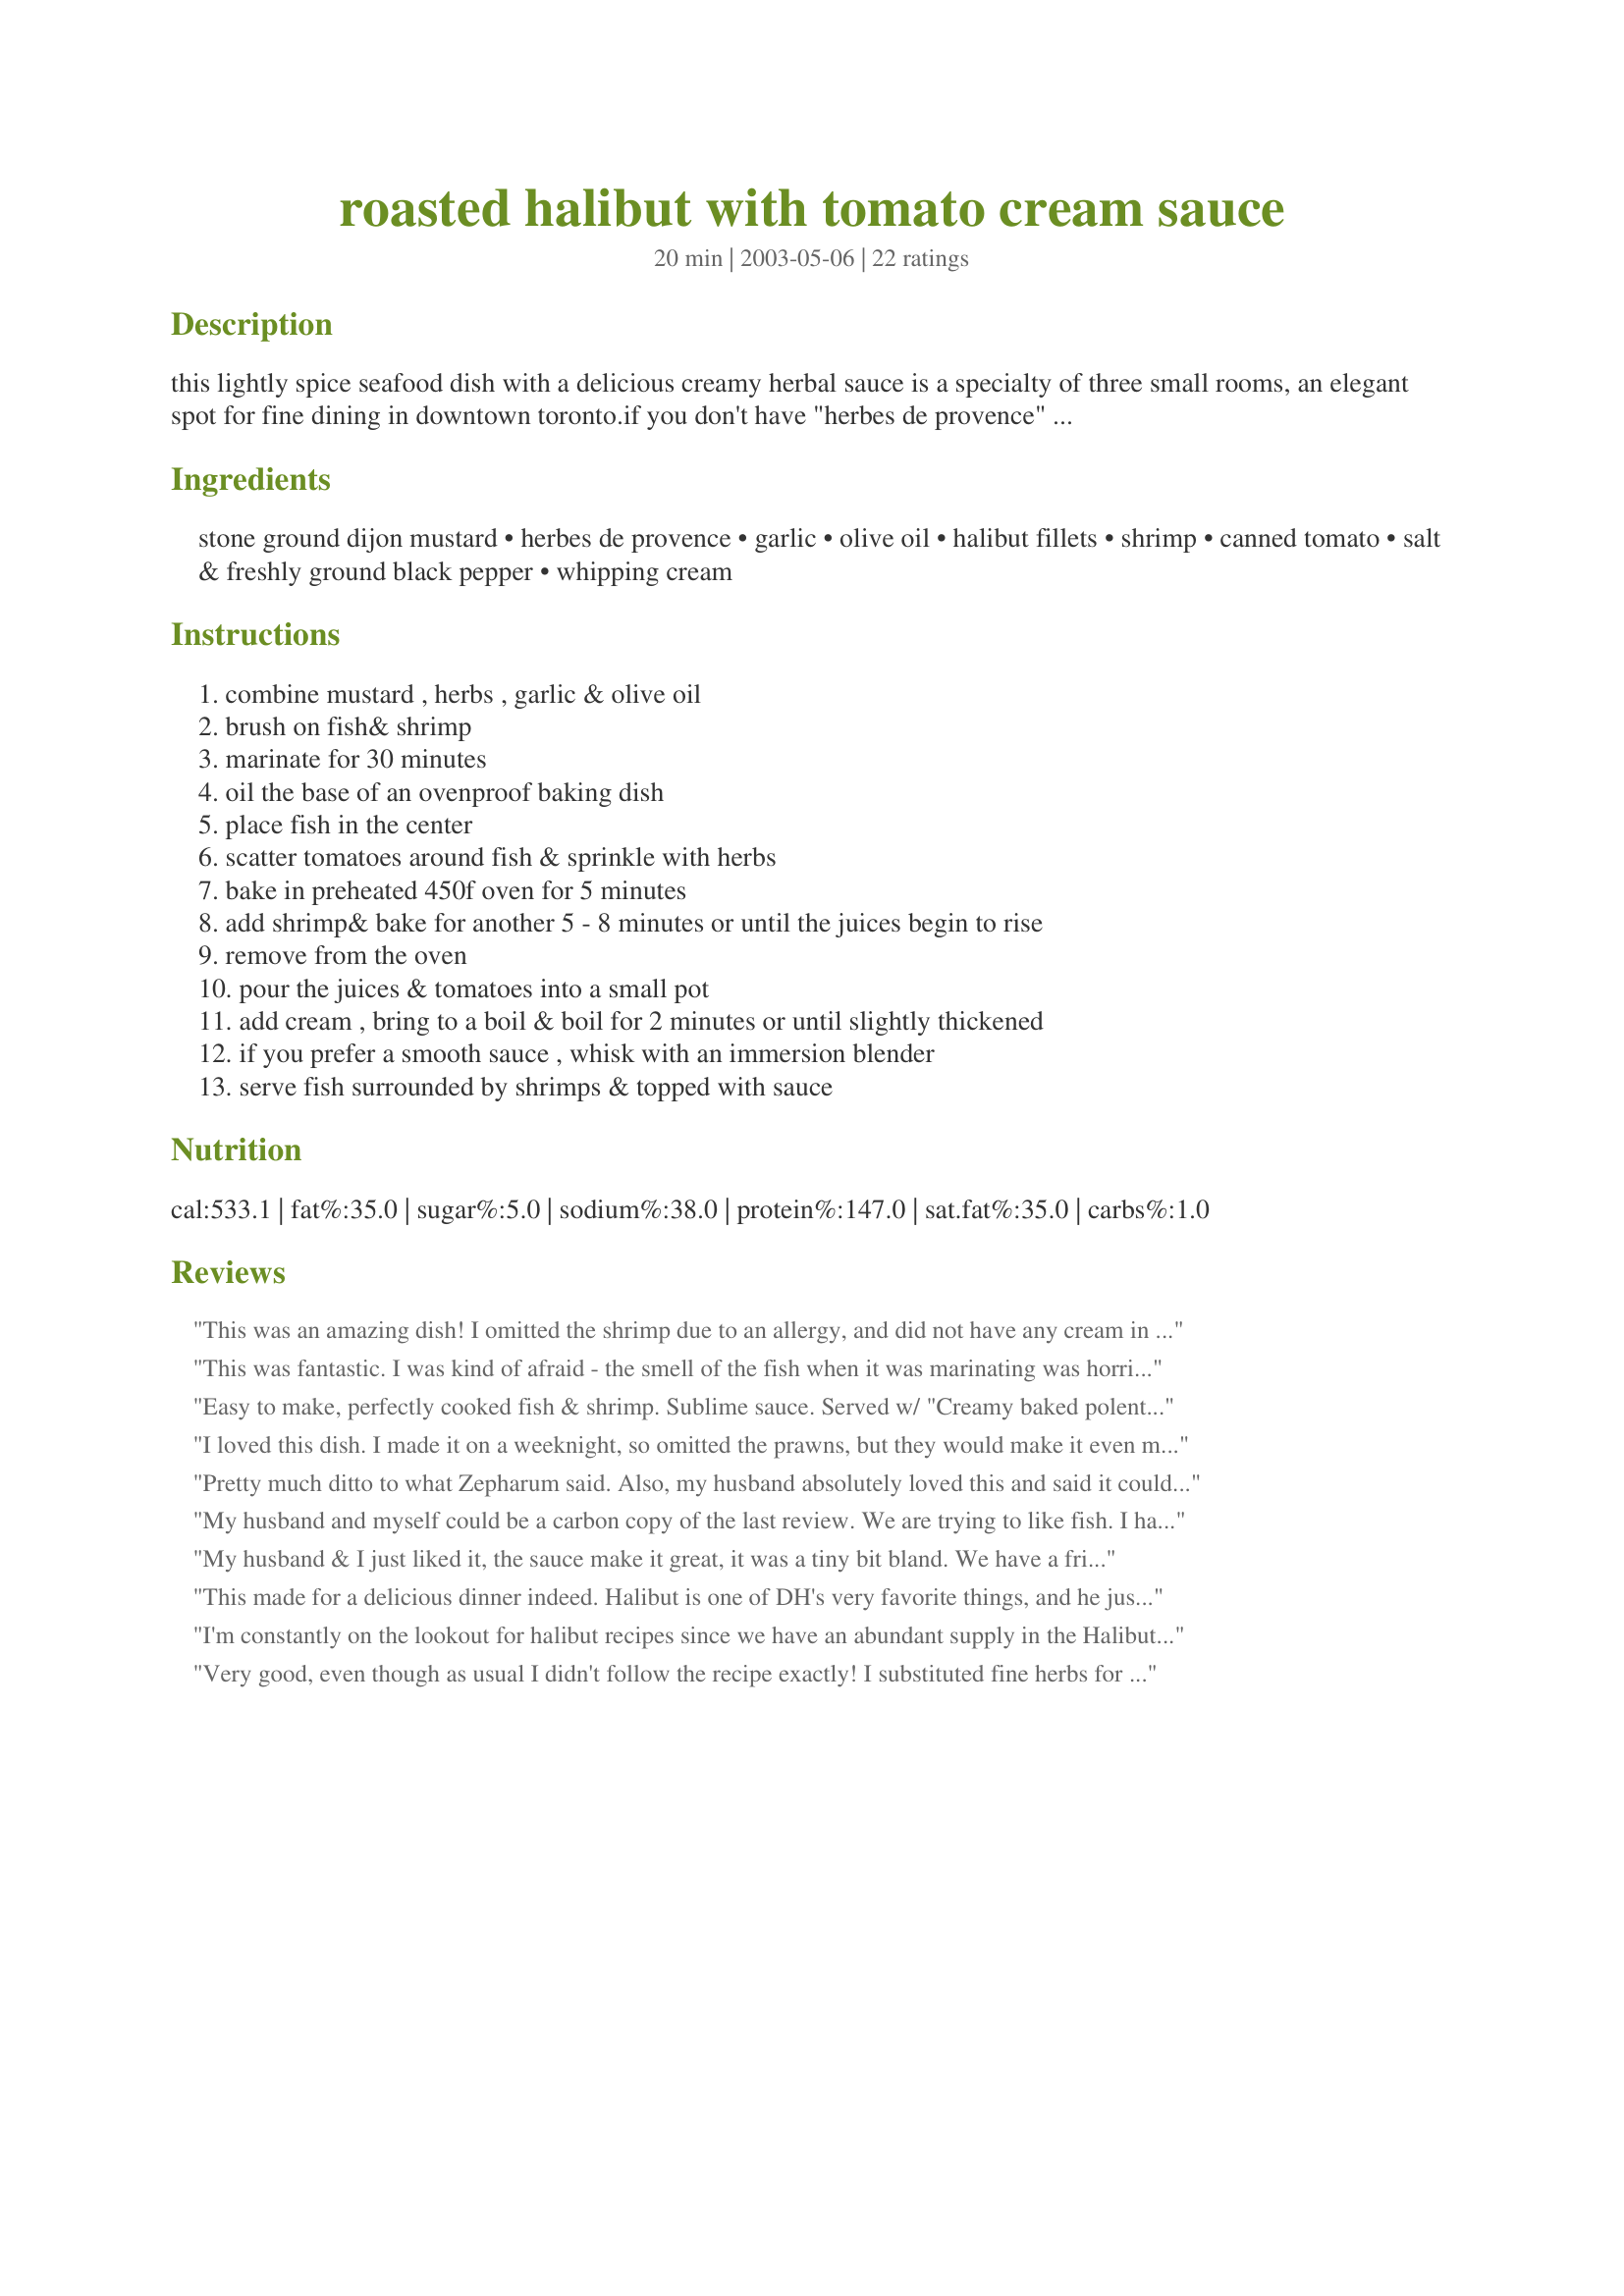
roasted halibut with tomato cream sauce
Preparation time: 20 minutes

this lightly spice seafood dish with a delicious creamy herbal sauce is a specialty of three small rooms, an elegant spot for fine dining in downtown toronto.if you don't have "herbes de provence" in your pantry, make your own using one of the recipes posted on zaar or use a mixture of your favourite herbs such as thyme, savoury, lavender & rosemary. prep time doesn't include marinating.

Ingredients:
stone ground dijon mustard, herbes de provence, garlic, olive oil, halibut fillets, shrimp, canned tomato, salt & freshly ground black pepper, whipping cream

Steps:
combine mustard , herbs , garlic & olive oil, brush on fish& shrimp, marinate for 30 minutes, oil the base of an ovenproof baking dish, place fish in the center, scatter tomatoes around fish & sprinkle with herbs, bake in preheated 450f oven for 5 minutes, add shrimp& bake for another 5 - 8 minutes or until the juices begin to rise, remove from the oven, pour the juices & tomatoes into a small pot, add cream , bring to a boil & boil for 2 minutes or until slightly thickened, if you prefer a smooth sauce , whisk with an immersion blender, serve fish surrounded by shrimps & topped with sauce

Reviews:
This was an amazing dish! I omitted the shrimp due to an allergy, and did not have any cream in the house so I used half & half. The sauce was sublime. I am tempted to make the sauce alone for other uses, but I'm not sure it would be the same without that certain something imparted by the fish when the tomatoes are cooked along side the filet. I loved the herbes de provence, it think it makes the dish, but I could see how mixing it up and using different herb combinations could work as well. I definitely see myself serving this dish to company and have no doubt that my foodie friends would love it. <br/>Follow the recipe and the clear instructions for a sure hit - or be adventurist and fool around with the ingredients. I would highly recommend this recipe! Thanks so much CountryLady.
This was fantastic. I was kind of afraid - the smell of the fish when it was marinating was horrid and I thought I would be disappointed. However, the final product was amazing - it tasted like a 5 star restaurant meal! I will definitely be making this again! Like several other reviewers, I made this with Lemon Rice (Recipe #75113) and the two complimented each other perfectly!
Easy to make, perfectly cooked fish & shrimp. Sublime sauce. Served w/ "Creamy baked polenta" "recipe #275226" & enjoyed by everyone!
I loved this dish. I made it on a weeknight, so omitted the prawns, but they would make it even more special. My husband wasn't as fond of it as I was. He said he thought the sauce masked the taste of the halibut. He said the sauce would be fine on cod or some other fish. But what does he know? I thought it was delicious, and I get to do the rating! Thank you CountryLady!
Pretty much ditto to what Zepharum said. Also, my husband absolutely loved this and said it could be his birthday meal - that&#039;s the highest praise he can give a meal! I don&#039;t like fish so I can&#039;t say that I loved this but I did like it and would have it again, that is just about my highest praise for a fish recipe. :)
My husband and myself could be a carbon copy of the last review. We are trying to like fish. I have to admit we actually enjoyed eating it! I will make it again. We thought we were eating at a restaurant.
My husband & I just liked it, the sauce make it great, it was a tiny bit bland. We have a friend from Bulgaria staying w/ us who eats a lot of fish & he loved it! As suggested we served w/ Lemon Rice by TGirl,RN which I loved!-Thanks
This made for a delicious dinner indeed. Halibut is one of DH's very favorite things, and he just loved it prepared this way. I made the recipe just as is, substituting crushed tomatoes instead of chopped, and it was just fantastic. I wouldn't change another thing! Thanks so much for posting this recipe.
Dianne
I'm constantly on the lookout for halibut recipes since we have an abundant supply in the Halibut Fishing Capital of the World, and this hit the mark. Made it almost exactly as posted, though I had to substitute canned whole plum tomatos that I chopped and drained. LOVED the sauce, in fact, I think leftovers (if any) would be excellent over pasta. My husband really enjoyed it and my kids asked for seconds, too - now that's a winner in my book! Thanks for sharing this delicious recipe.
Very good, even though as usual I didn't follow the recipe exactly! I substituted fine herbs for the herbs de provence , because that is what I had on hand, and used Halibut steaks instead of fillets. I also used a whole pack of shrimp. For the sauce I used fresh tomato and omitted the cream.
Very tasty! I made this for my dad and I, and since we're watching our fat intake I used a little flour whisked into some almond breeze instead of cream. Still delicious, however obviously not all that creamy. I served it with some roasted veggie quinoa.
I changed the preparation slightly. For the sauce, I took the 12 shrimp (out of their shells and tails removed completely) and put them in the sauce, pureeing it all with a stick blender.<br/><br/>It was a big hit and even my brother, who usually hates fish, ate a huge portion!<br/><br/>I will definitely make this again.
This was a delicious supper. I used cod, but the sauce shines here. I served this with chia's red pepper pilaf and it was a great combination. Thanks.
This was a FANTASTIC meal. It was so easy and quick. My family loved the sauce. They were sopping it up off of thier empty plates with the dinner roles!!! Although if you have younger kids I'd recommend using Cod or Tilapia. Halibut is expensive and has bones.
This was a very easy recipe and was exceptionally good. I substituted the shrimp for scallops and just seared them and then added them to the dish at the end as I didn't want to over cook them.
This was great, I used Nile Perch fillets and wholegrain mustard. I served this with Lemon Rice by TGirl,RN and the 2 blended really well.
This is going in my favourites.
I made this fantastic dish using 8 salmon fillets instead of halibut for Sunday dinner, and I increased the shrimp, plus all the other ingredients slightly... my guests thought they were dining out at a fancy restaurant! although I had to go across town to purchase the herbes de provence at a bulk spice store, this dish made it all worth while! The only change I made was I used pre-sauteed cherry tomatoes that were sliced in half from my garden, which in my opinion was the right choice for this dish, they added so much flavor. Marg, thank you once again for another winner, and for making my dinner such a huge success, we enjoyed this dish so much!...Kittencal
My husband and I are not really the best people to rate this, as we don't love fish, but we're trying to like it and this tasted great to us. I used Recipe #18565 from this site for the Herb de Provence, but left out the summer savory, and lavender and used both basil and oregano. I baked the fish about 14-15 minutes, because I like it well done, and probably boiled the sauce about 3 minutes.
I really enjoyed this and will make it again!
Excellent clean flavor. Not too heavy, though it may appear so. I highly recommend pureeing the sauce for a smoother, more consistent tomato flavor.
This is the best salmon I have ever tasted!! My boyfriend doesnt really like fish, but he loved this. Soooo moist!!
A new favorite
Countryladay, this was raved about by my guests and by dh! 

The finished dish looked gorgeous, and dh had to go show it around to everyone b4 we plated it in the kitchen.

Next time I make it, I would add a tsp or two of sugar/splenda to the tomato sauce. Just to cut the acidity a little. 

We served it with broc and cauli, but I do think it would be great over spinach!
